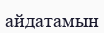
айдатамын